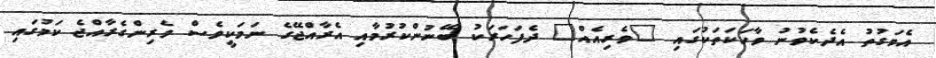
އެވަގުތު އެދެކެވުނު ވާހަކަތަކުގައި "ވެރިއެއް" ދެފަހަރަކު ބޭނުންކުރުމާއި އެރާއްޖޭގެ ނަމަކީވެސް ވެރިންގެރާއްޖެ ކަމުގައި